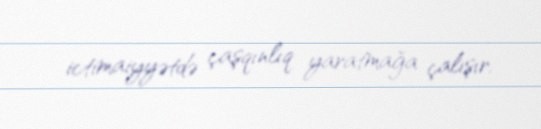
ictimaiyyətdə çaşqınlıq yaratmağa çalışır.